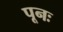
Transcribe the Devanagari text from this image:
पूनः